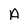
Character: A